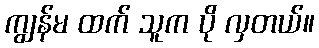
ကျွန်မ ထက် သူက ပို လှတယ်။